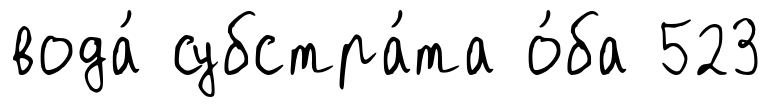
вода́ субстра́та о́ба 523